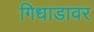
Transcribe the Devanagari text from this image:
गिधाडावर